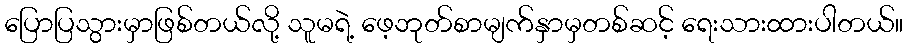
ပြောပြသွားမှာဖြစ်တယ်လို့ သူမရဲ့ ဖေ့ဘုတ်စာမျက်နှာမှတစ်ဆင့် ရေးသားထားပါတယ်။